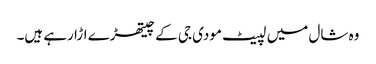
وہ شال میں لپیٹ مودی جی کے چیتھڑے اڑا رہے ہیں۔